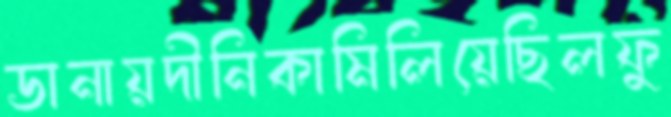
ডানায়দীনিকামিলিয়েছিলফু